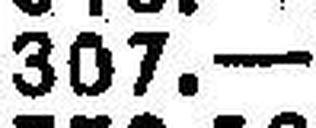
307.—